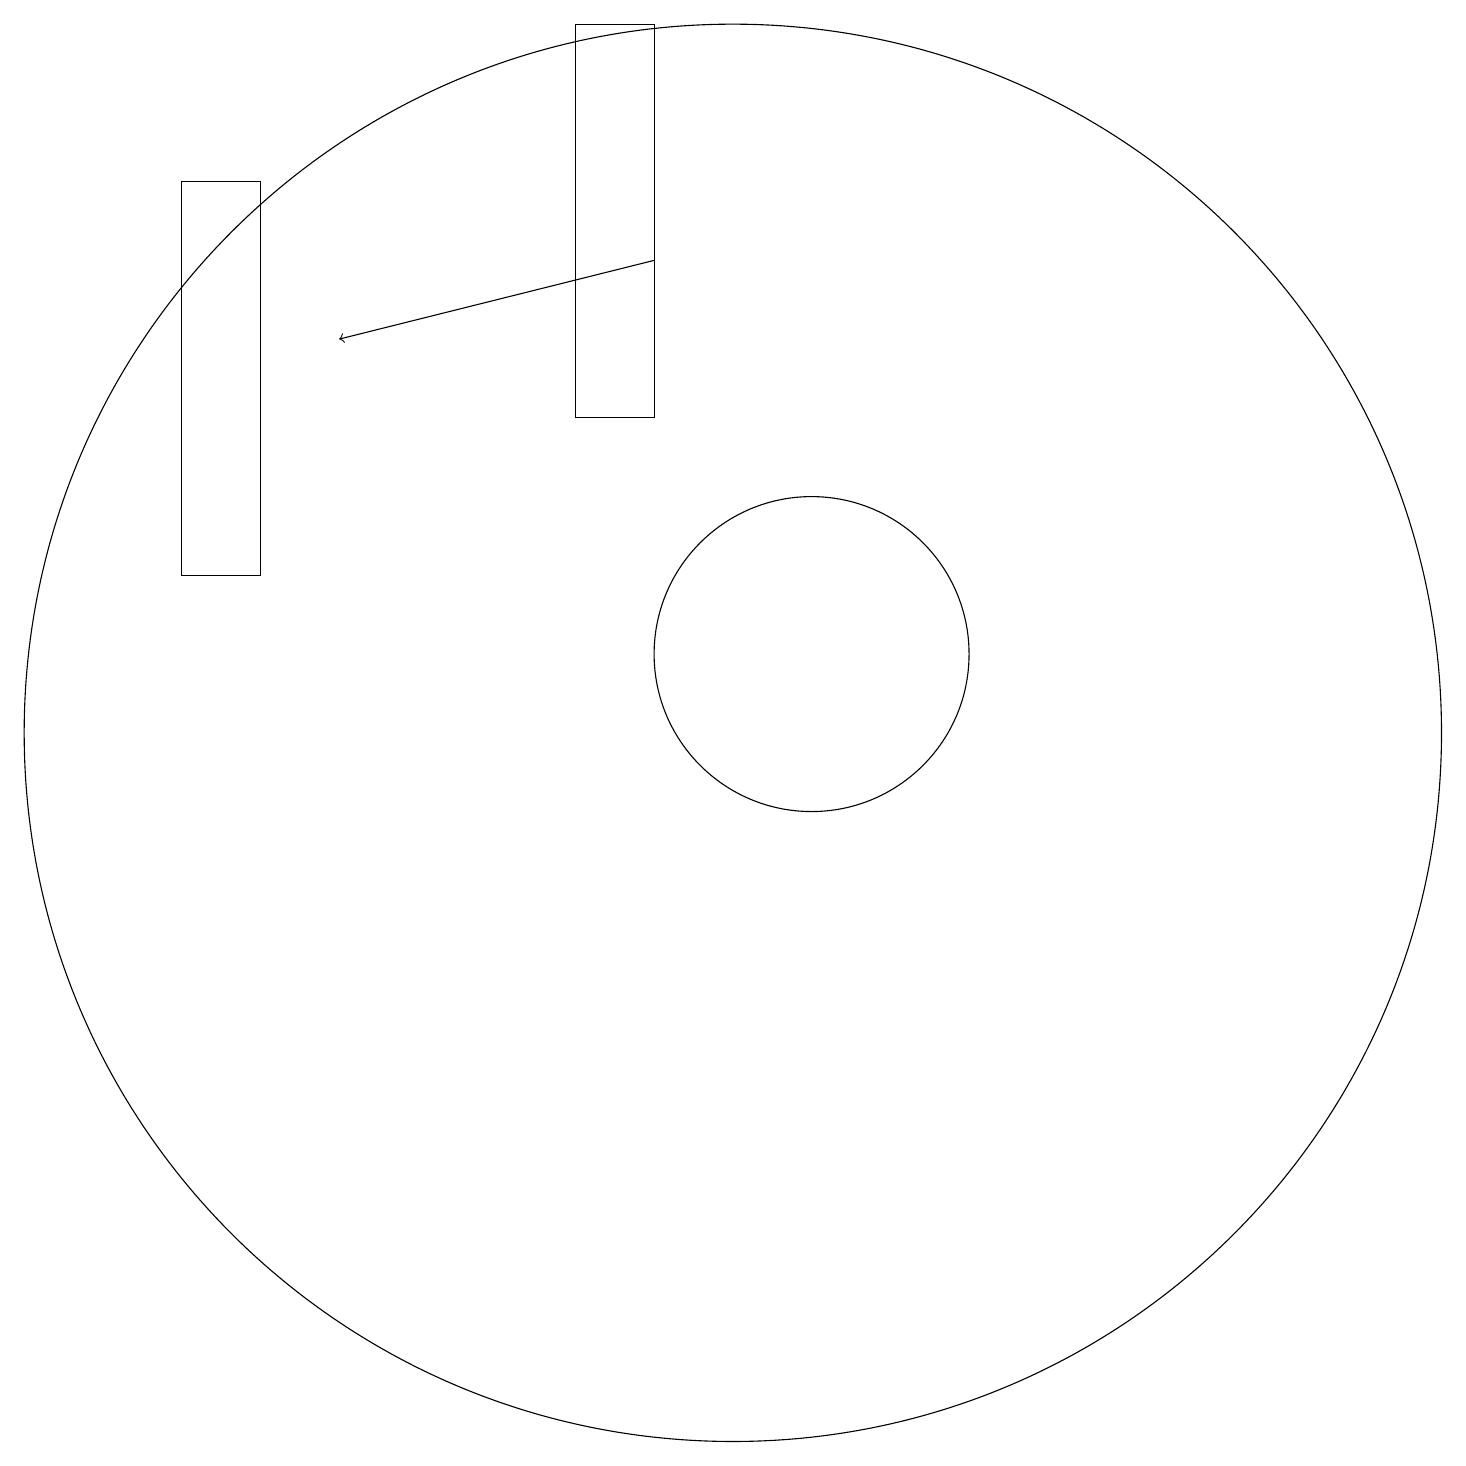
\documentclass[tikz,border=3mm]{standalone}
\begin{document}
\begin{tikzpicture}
\draw (11,11) circle (2);
\draw (10,10) circle (9);
\draw[->] (9,16) -- (5,15);
\draw (4,17) rectangle (3,12);
\draw (8,14) rectangle (9,19);
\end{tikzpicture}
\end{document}